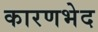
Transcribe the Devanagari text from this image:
कारणभेद